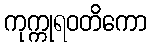
ကုက္ကုရဝတိကော